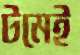
টমেই